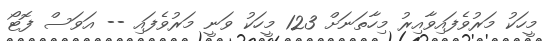
މީހަކު މަރުވެފައިވާއިރު މިހާތަނަށް 123 މީހަކު ވަނީ މަރުވެފައި -- އަވަސް ފޮޓޯ